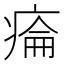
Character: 𤷔